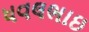
ધવલભાઇ